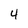
Character: 4